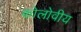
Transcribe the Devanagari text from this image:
कोलोवीय